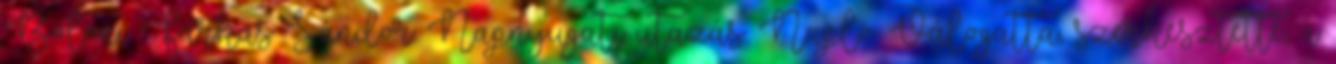
Bölöni Farkas Sándor: Napnyugati utazás. Napló. Válogatta, szerkesztette, a